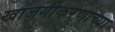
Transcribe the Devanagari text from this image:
खाजगीकरणाच्या